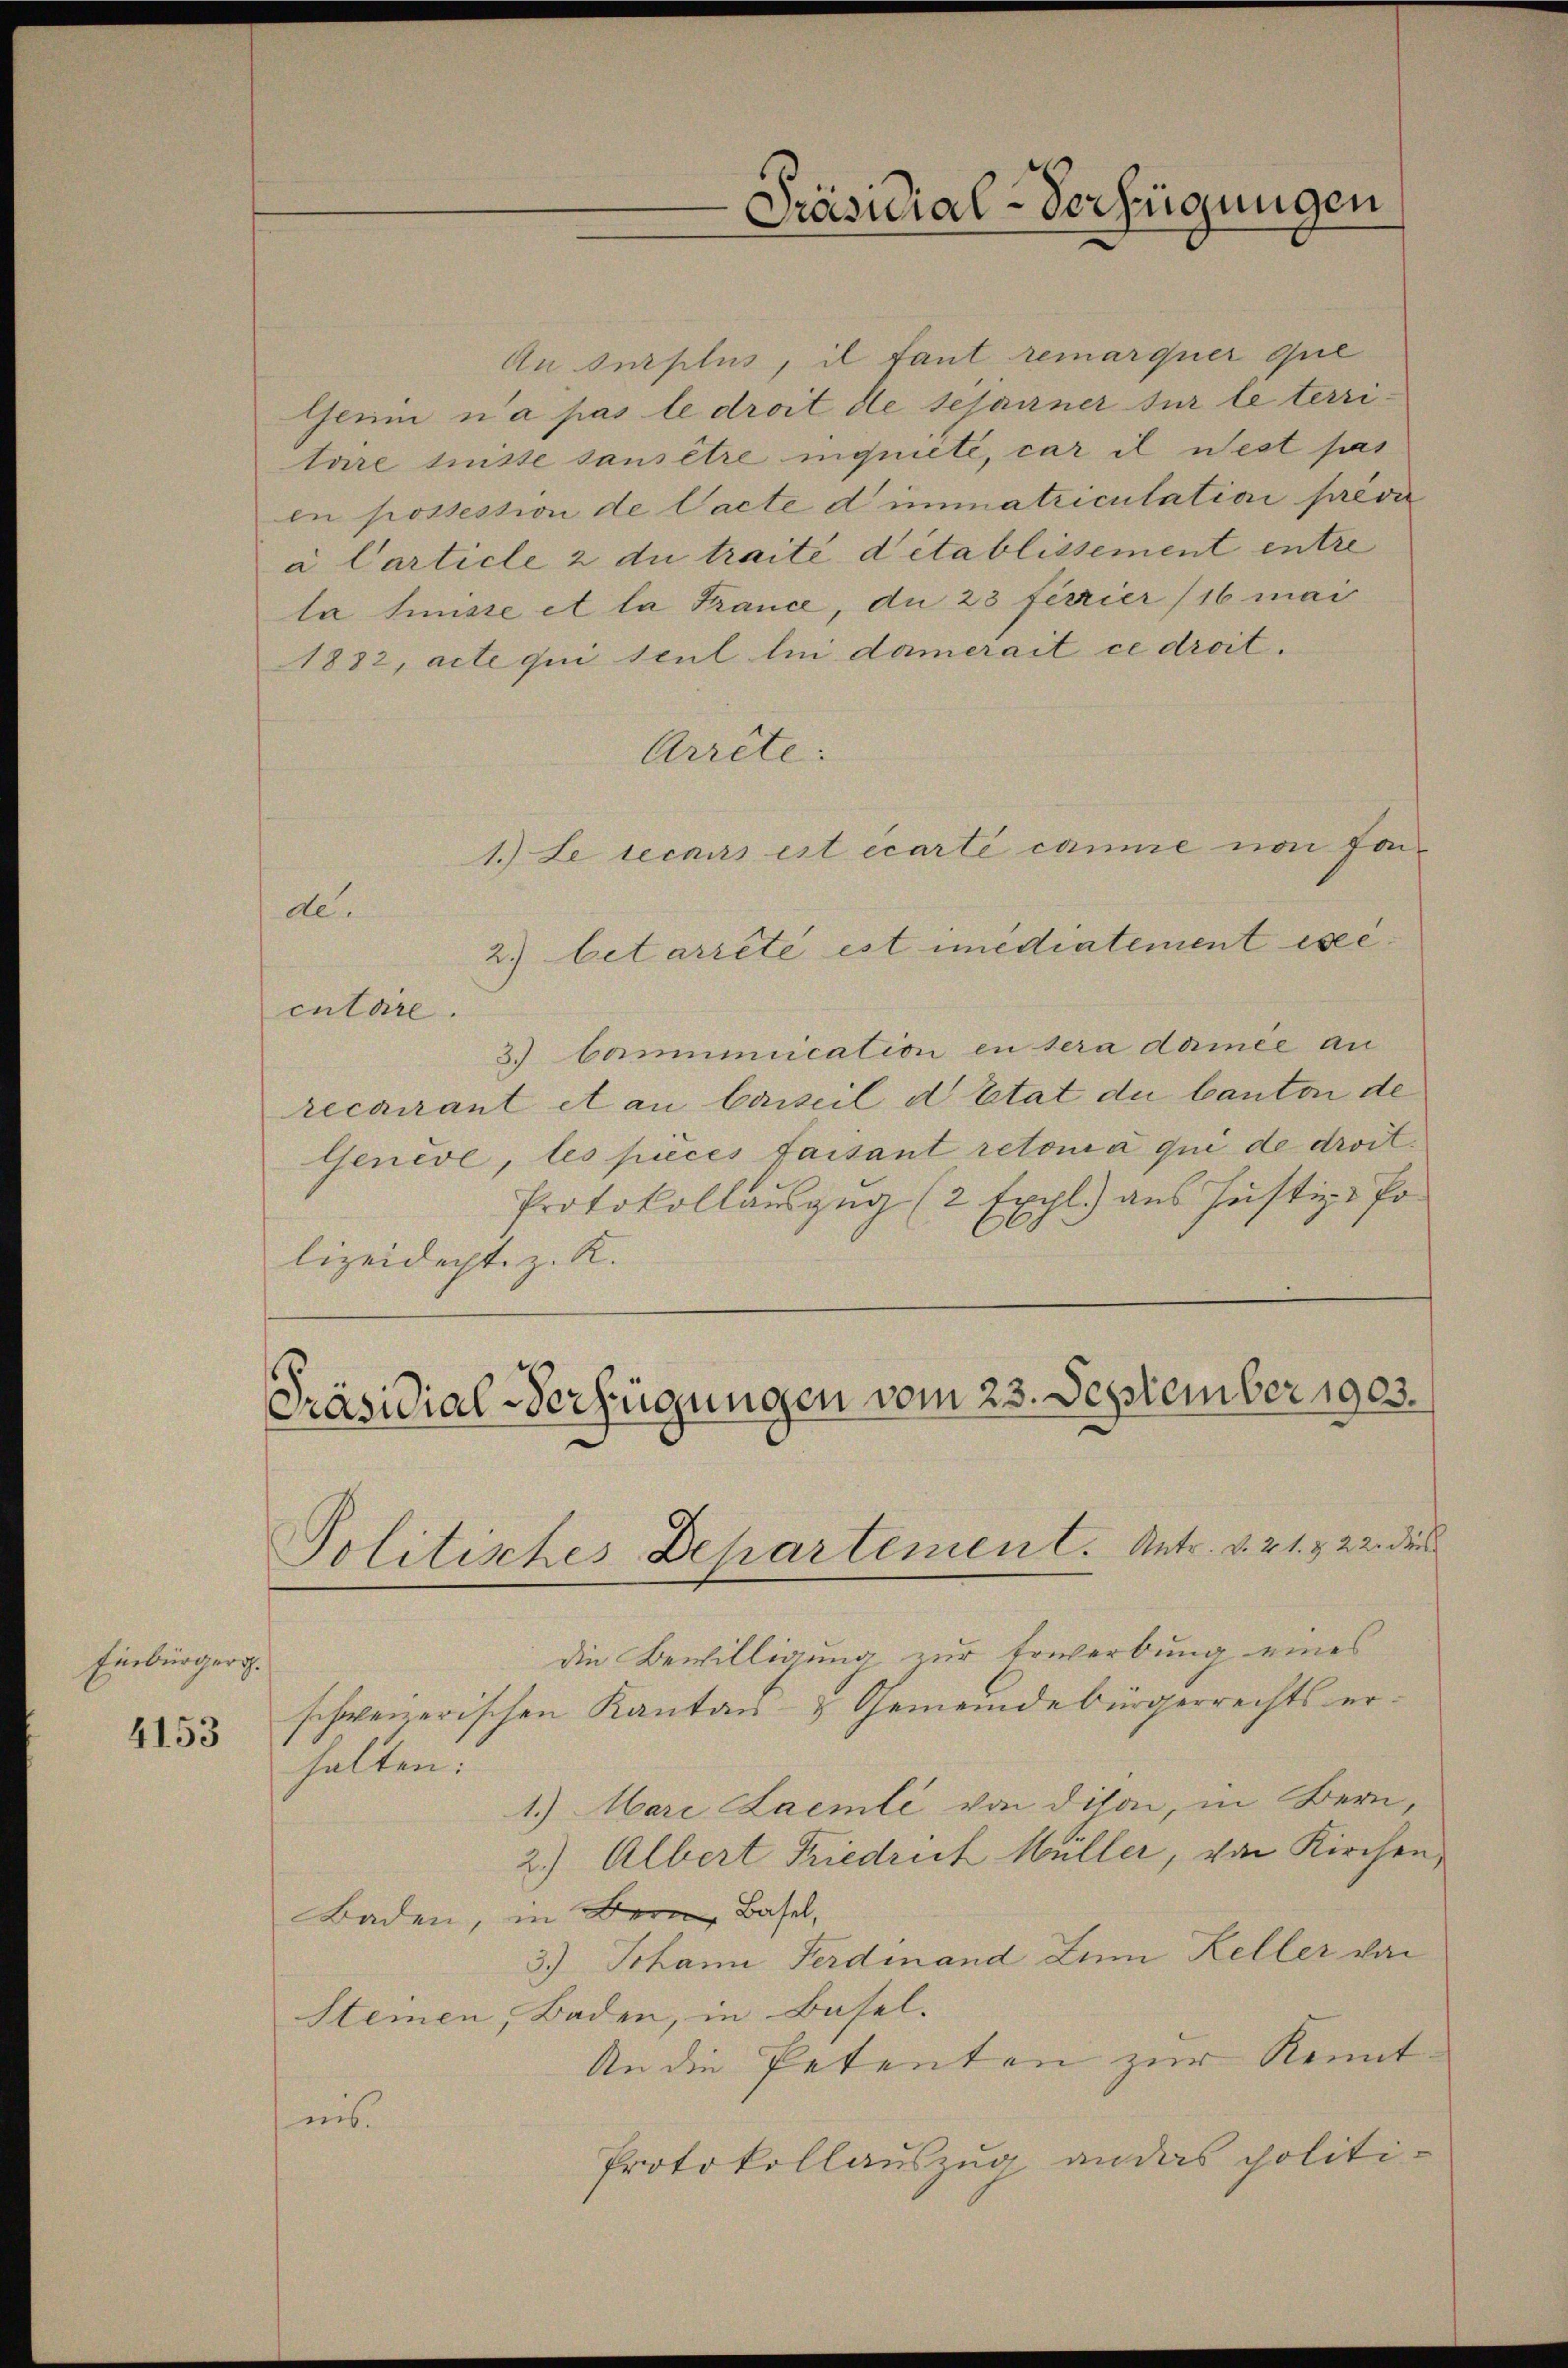
Einbürgers.
4153

Au surplus, il tant remarquer que
Gerin n’a pas le droit de sesarner sur le territäre sinste sans être inquiete, car il nest pas
en possession de Vacte dimmatriculation freve
a Carticle 2 du traité détablissement entre
la Suisse et la France, an 23 ferrier (16 mai
1882, acte qui seul lui damerait ce droit.
Arrete:
1.) Le recours est écarti caume von fande.
2) betarreté est imédiatement exe
entare.
3.) Communication in sera damee an
recairant et au Carteil d’Etat du Canton de
Genève, les pièces faisant retoura qui de droit.
Protokollauszug (2 Expl.) aus Justiz-Po
lizeidecht z. K.

Präsidial-Verfügungen

Präsidial-Verfügungen vom 23. September 1903.
Politiches Departement. Antr. d. 21. & 22. dies

die Bewilligung zur Erwerbung eines
schweizerischen Kanton- & Gemeindebürgerrechts erhalten:
1.) Mari Laemle von dison, in Bern,
2.) Albert Friedrich Müller, von Kirchen,
Baden, in Basel,
3.) Johann Ferdinand Zum Keller von
Stemen, Baden, in Basel.
An die Petenten zur Kenntnis.
Protokollauszug an das politi¬